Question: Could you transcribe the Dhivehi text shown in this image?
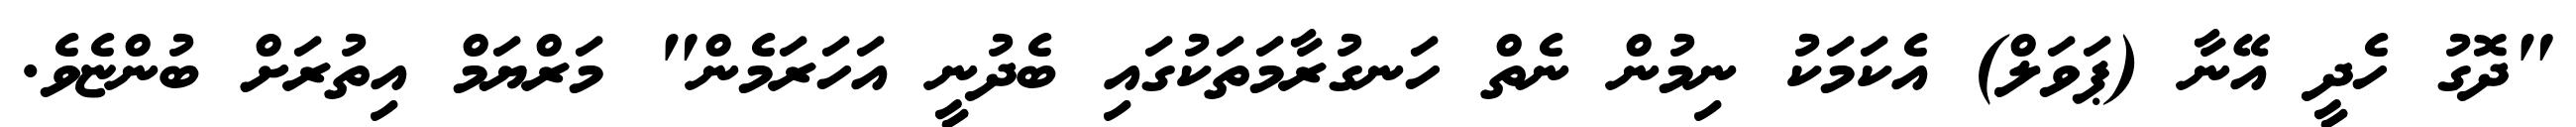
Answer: "ދޮގު ހެދީ އޭނާ (ޕަވަލް) އެކަމަކު ނިމުން ނެތް ހަނގުރާމަތަކުގައި ބެދުނީ އަހަރަމެން" މަރްޔަމް އިތުރަށް ބުންޏެވެ.